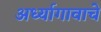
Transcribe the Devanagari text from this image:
अर्ध्यागावाचे